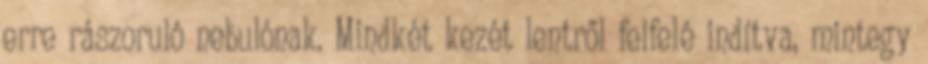
erre rászoruló nebulónak. Mindkét kezét lentről felfelé indítva, mintegy